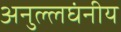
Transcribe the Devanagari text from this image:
अनुल्लघंनीय